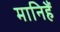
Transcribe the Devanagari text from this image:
मानिहैं